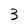
Character: 3